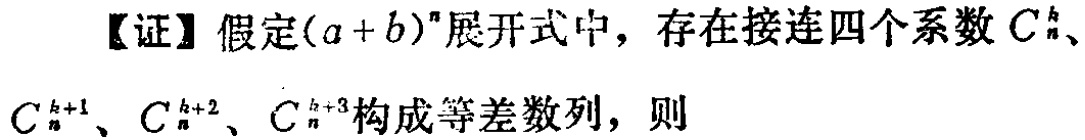
【证】假定\((a + b)^n\)展开式中，存在接连四个系数\(C_{n}^{k}\)、\(C_{n}^{k + 1}\)、\(C_{n}^{k + 2}\)、\(C_{n}^{k + 3}\)构成等差数列，则